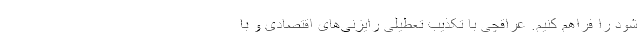
شود را فراهم کنیم. عراقچی با تکذیب تعطیلی رایزنی‌های اقتصادی و با